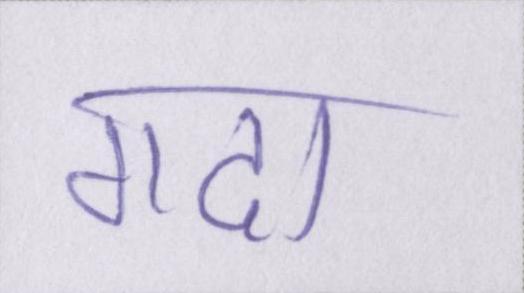
गदा